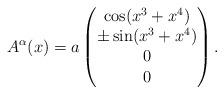
LaTeX: \begin{align*}A^\alpha(x)=a\begin{pmatrix}\cos(x^3+x^4)\\\pm\sin(x^3+x^4)\\0\\0\end{pmatrix}.\end{align*}